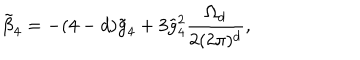
LaTeX: \tilde { \beta } _ { 4 } = - ( 4 - d ) \tilde { g } _ { 4 } + 3 \tilde { g } _ { 4 } ^ { 2 } \frac { \Omega _ { d } } { 2 ( 2 \pi ) ^ { d } } ,